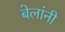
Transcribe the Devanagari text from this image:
बेलांनी